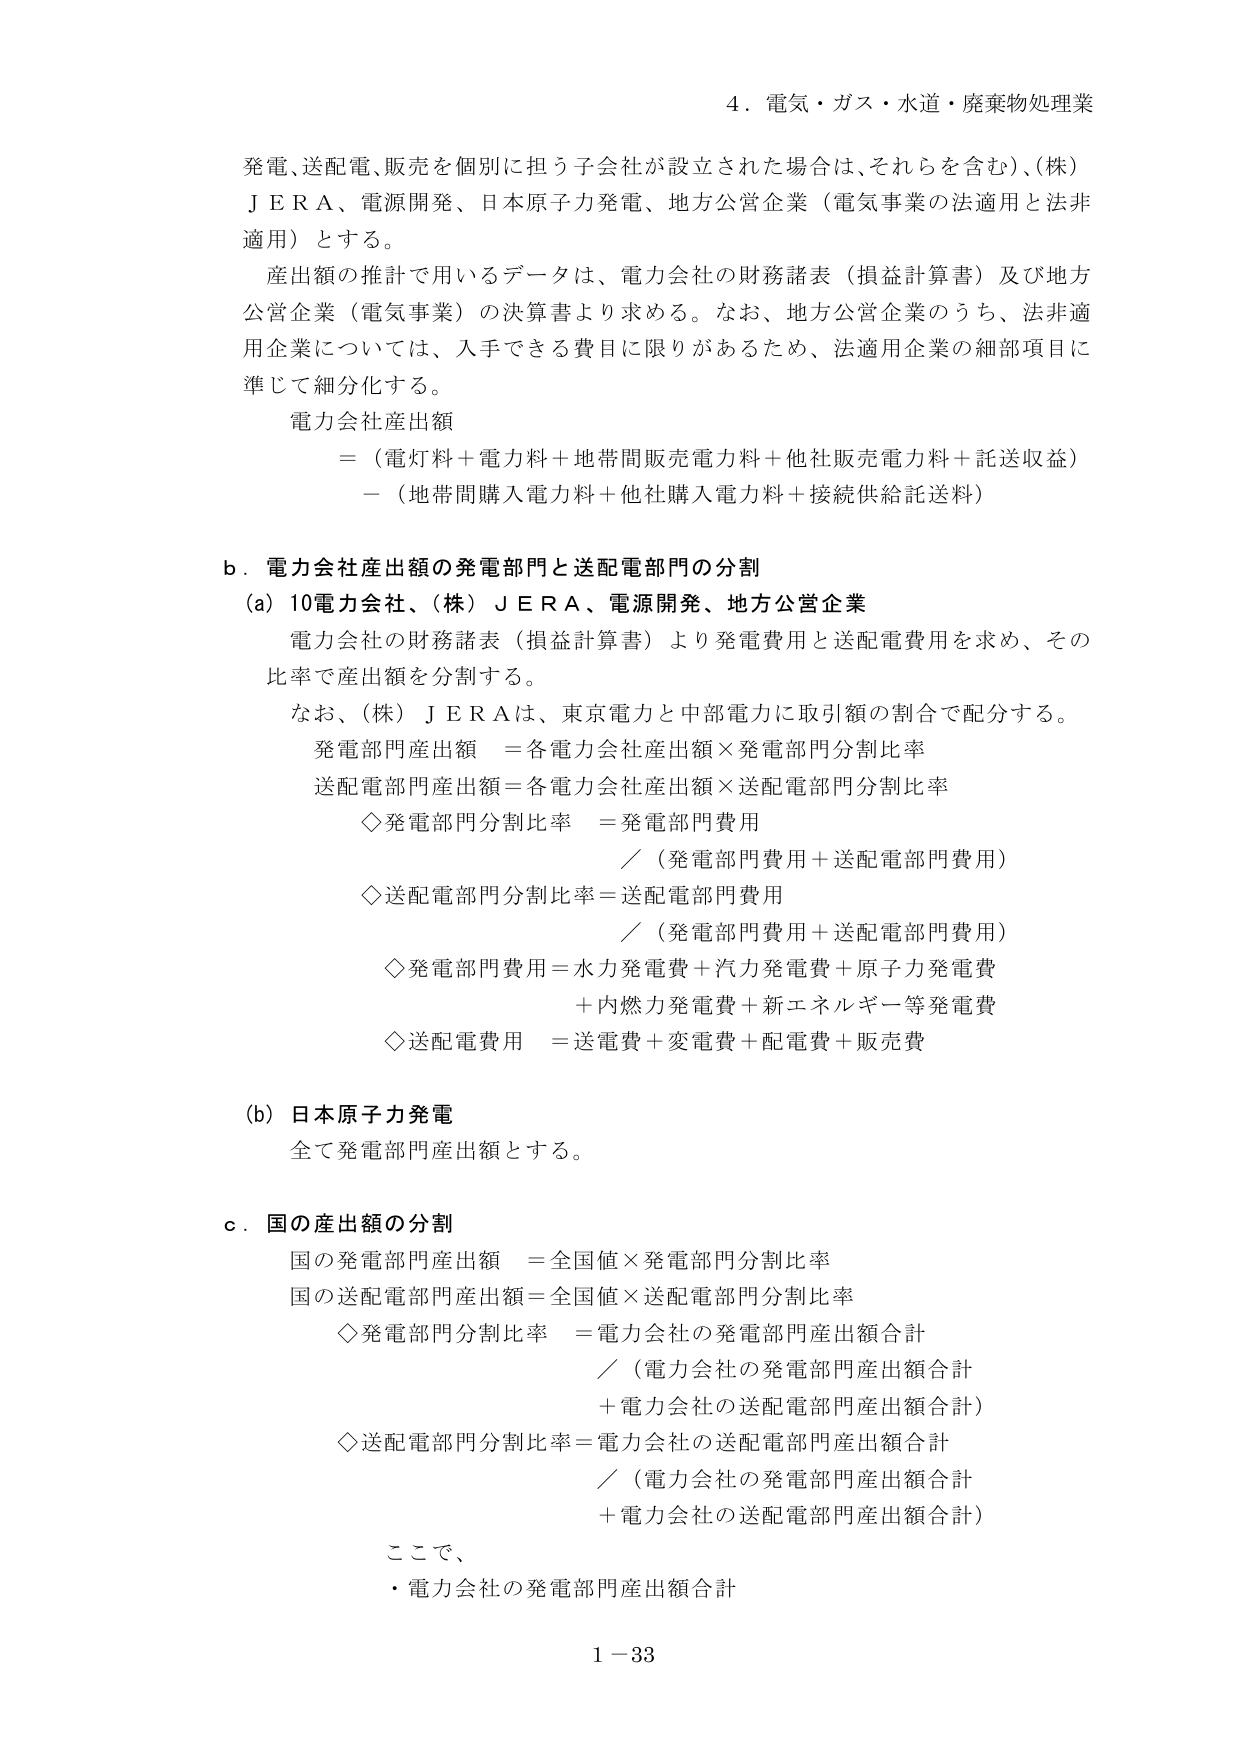
4．電気・ガス・水道・廃棄物処理業

発電、送配電、販売を個別に担う子会社が設立された場合は、それらを含む）、（株）ＪＥＲＡ、電源開発、日本原子力発電、地方公営企業（電気事業の法適用と法非適用）とする。

産出額の推計で用いるデータは、電力会社の財務諸表（損益計算書）及び地方公営企業（電気事業）の決算書より求める。なお、地方公営企業のうち、法非適用企業については、入手できる費目に限りがあるため、法適用企業の細部項目に準じて細分化する。

電力会社産出額
＝（電灯料＋電力料＋地帯間販売電力料＋他社販売電力料＋託送収益）
－（地帯間購入電力料＋他社購入電力料＋接続供給託送料）

b．電力会社産出額の発電部門と送配電部門の分割

(a) 10電力会社、（株）ＪＥＲＡ、電源開発、地方公営企業

電力会社の財務諸表（損益計算書）より発電費用と送配電費用を求め、その比率で産出額を分割する。

なお、（株）ＪＥＲＡは、東京電力と中部電力に取引額の割合で配分する。

発電部門産出額 ＝各電力会社産出額×発電部門分割比率
送配電部門産出額＝各電力会社産出額×送配電部門分割比率

◇発電部門分割比率 ＝発電部門費用
／（発電部門費用＋送配電部門費用）

◇送配電部門分割比率＝送配電部門費用
／（発電部門費用＋送配電部門費用）

◇発電部門費用＝水力発電費＋汽力発電費＋原子力発電費
＋内燃力発電費＋新エネルギー等発電費

◇送配電費用 ＝送電費＋変電費＋配電費＋販売費

(b) 日本原子力発電

全て発電部門産出額とする。

c．国の産出額の分割

国の発電部門産出額 ＝全国値×発電部門分割比率
国の送配電部門産出額＝全国値×送配電部門分割比率

◇発電部門分割比率 ＝電力会社の発電部門産出額合計
／（電力会社の発電部門産出額合計
＋電力会社の送配電部門産出額合計）

◇送配電部門分割比率＝電力会社の送配電部門産出額合計
／（電力会社の発電部門産出額合計
＋電力会社の送配電部門産出額合計）

ここで、
・電力会社の発電部門産出額合計

1－33